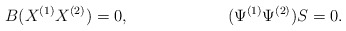
\begin{align*} &B(X^{(1)}X^{(2)})=0, && (\Psi^{(1)}\Psi^{(2)})S=0.\end{align*}